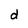
Character: d